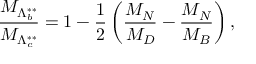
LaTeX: { \frac { M _ { \Lambda _ { b } ^ { * * } } } { M _ { \Lambda _ { c } ^ { * * } } } } = 1 - { \frac { 1 } { 2 } } \left( { \frac { M _ { N } } { M _ { D } } } - { \frac { M _ { N } } { M _ { B } } } \right) ,